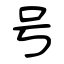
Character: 号